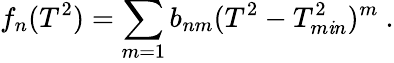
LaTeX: f_{n}(T^{2})=\sum_{m=1}b_{nm}(T^{2}-T_{m\mathit{i}n}^{2})^{m}\ .